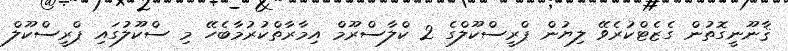
ޤާނޫނީގޮތުން ގެޒެޓްކުރެވޭ ލިޔުން ޕްރީސްކޫލްގެ 2 ކްލާސްރޫމް އިމާރާތްކުރުމާބެހޭ މި ސްކޫލުގައި ޕްރީސްކޫލް